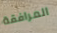
المرافقة